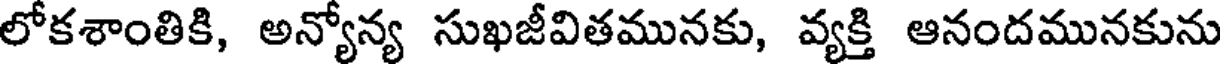
లోకశాంతికి, అన్యోన్య సుఖజీవితమునకు, వ్యక్తి ఆనందమునకును